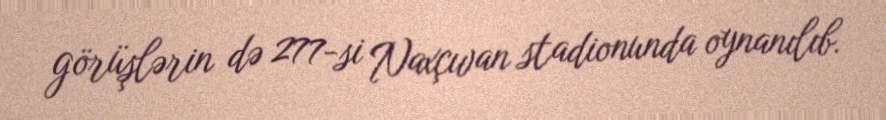
görüşlərin də 277-si Naxçıvan stadionunda oynanılıb.